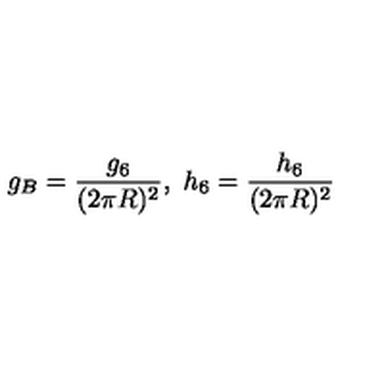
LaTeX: g _ { B } = \frac { g _ { 6 } } { ( 2 \pi R ) ^ { 2 } } , \ h _ { 6 } = \frac { h _ { 6 } } { ( 2 \pi R ) ^ { 2 } }